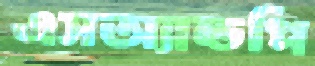
এসঅ্যান্ডপি